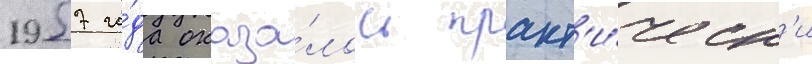
1957 го́да оказа́лось практ'и́ческ'и